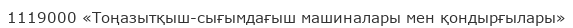
1119000 «Тоңазытқыш-сығымдағыш машиналары мен қондырғылары»